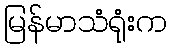
မြန်မာသံရုံးက